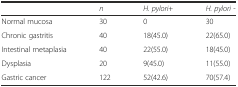
<table><thead><tr><td></td><td><b><i>n</i></b></td><td><b><i>H. pylori</i>+</b></td><td><b><i>H. pylori</i> -</b></td></tr></thead><tbody><tr><td>Normal mucosa</td><td>30</td><td>0</td><td>30</td></tr><tr><td>Chronic gastritis</td><td>40</td><td>18(45.0)</td><td>22(65.0)</td></tr><tr><td>Intestinal metaplasia</td><td>40</td><td>22(55.0)</td><td>18(45.0)</td></tr><tr><td>Dysplasia</td><td>20</td><td>9(45.0)</td><td>11(55.0)</td></tr><tr><td>Gastric cancer</td><td>122</td><td>52(42.6)</td><td>70(57.4)</td></tr></tbody></table>